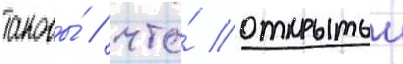
таковы́ / что́ открытыи